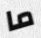
ما